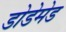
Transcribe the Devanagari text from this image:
डोडेमेड